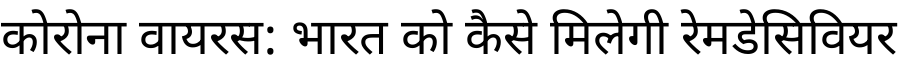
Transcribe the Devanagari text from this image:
कोरोना वायरस: भारत को कैसे मिलेगी रेमडेसिवियर